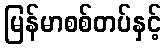
မြန်မာစစ်တပ်နှင့်